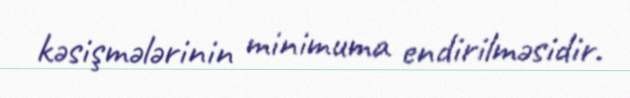
kəsişmələrinin minimuma endirilməsidir.